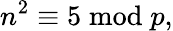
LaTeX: n^{2}\equiv 5{\bmod{p}},